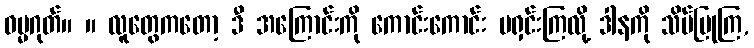
ဓမ္မဂုတ်။ ။ လူတွေကတော့ ဒီ အကြောင်းကို ကောင်းကောင်း မရှင်းကြလို့ ဒါနကို သိပ်ပြုကြ,